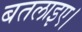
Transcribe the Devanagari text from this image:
बतलाइए।